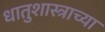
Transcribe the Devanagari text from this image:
धातुशास्त्राच्या